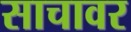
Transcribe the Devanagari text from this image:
साचावर